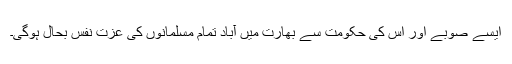
ایسے صوبے اور اس کی حکومت سے بھارت میں آباد تمام مسلمانوں کی عزت نفس بحال ہوگی۔